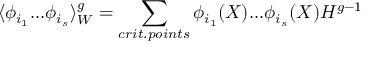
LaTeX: \langle \phi _ { i _ { 1 } } . . . \phi _ { i _ { s } } \rangle _ { W } ^ { g } = \sum _ { c r i t . p o i n t s } \phi _ { i _ { 1 } } ( X ) . . . \phi _ { i _ { s } } ( X ) H ^ { g - 1 }